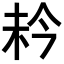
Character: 𪱼